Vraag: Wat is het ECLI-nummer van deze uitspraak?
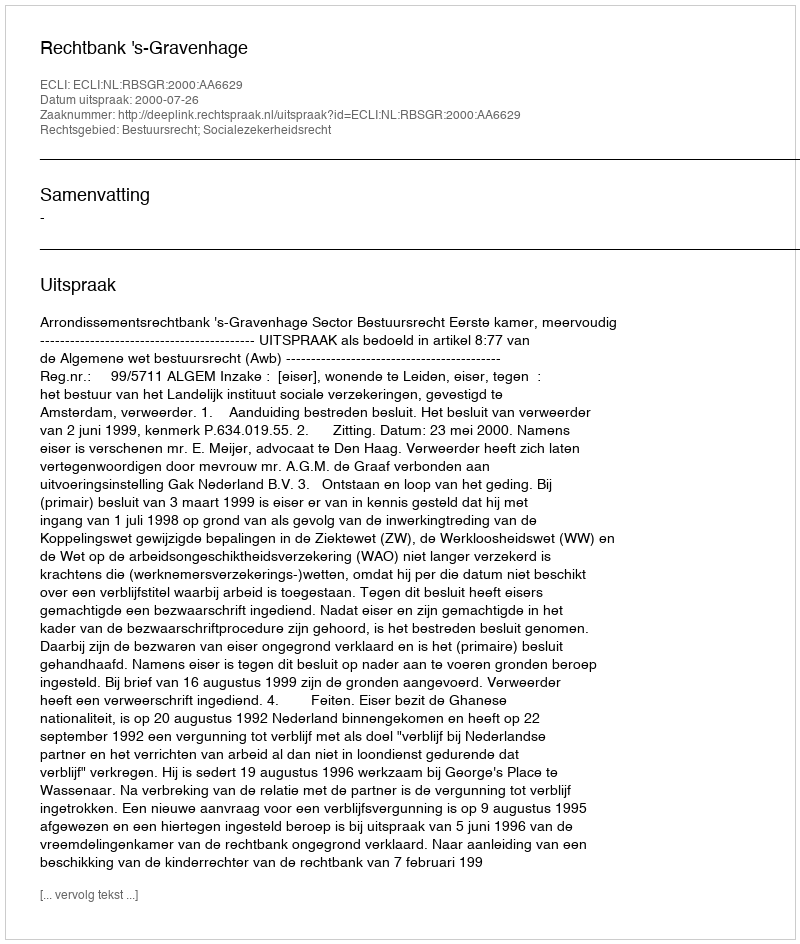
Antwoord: ECLI:NL:RBSGR:2000:AA6629